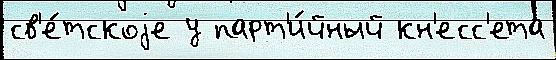
св'е́тскоjе у парт'и́йный кн'есс'ета